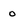
Character: o